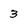
Character: 3